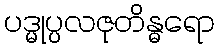
ပဒ္မုပ္ပလဇုတိန္ဓရော